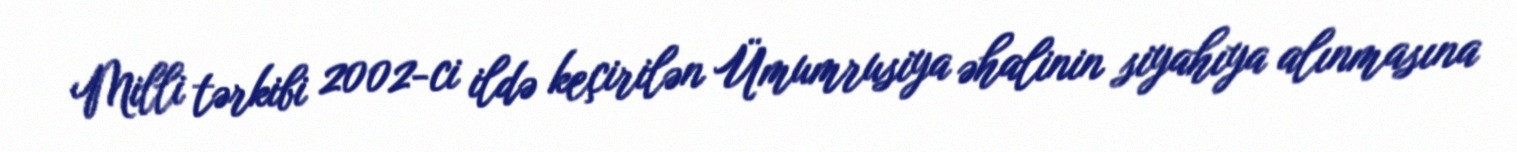
Milli tərkibi 2002-ci ildə keçirilən Ümumrusiya əhalinin siyahıya alınmasına